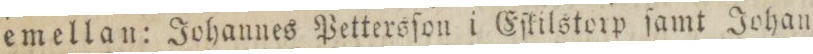
emellan: Johannes Pettersſon i Eſkilstorp ſamt Johan